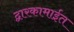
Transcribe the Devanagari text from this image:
द्वारकामाईत